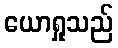
ယောရှုသည်